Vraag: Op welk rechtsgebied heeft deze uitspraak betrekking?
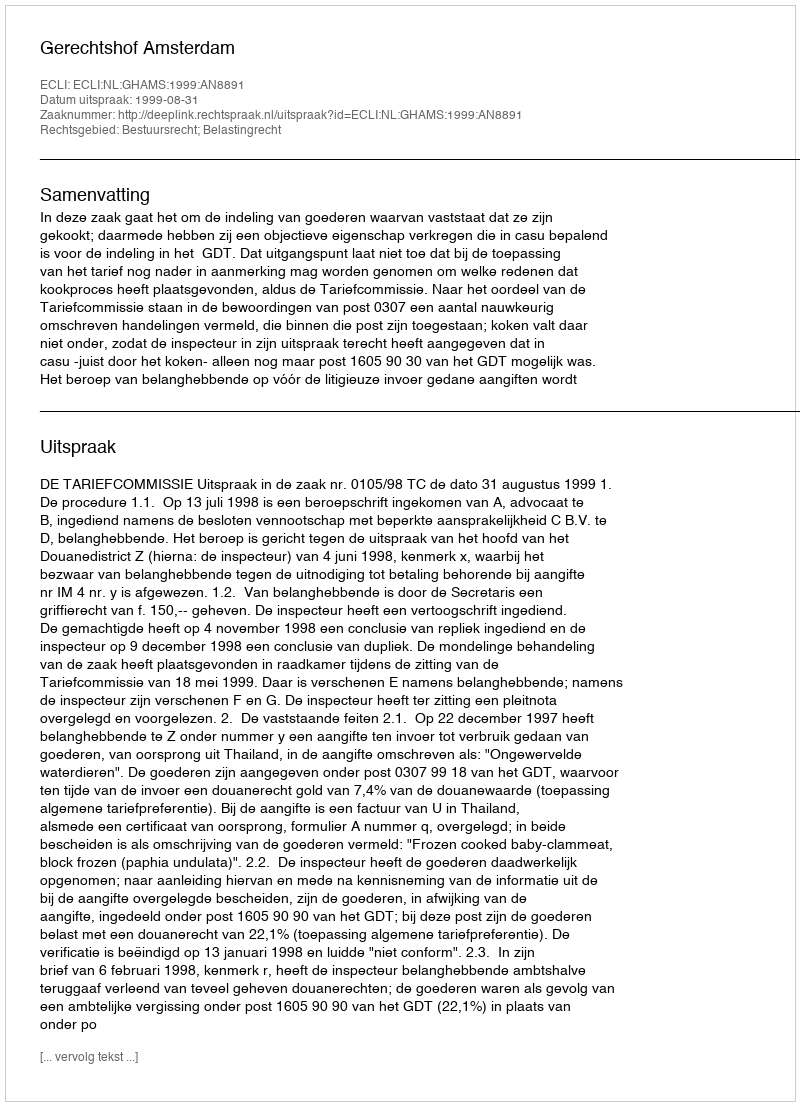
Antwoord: Bestuursrecht; Belastingrecht